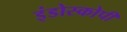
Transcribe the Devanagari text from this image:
इंडोस्कोपी